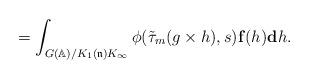
LaTeX: \begin{align*}=\int_{G(\mathbb{A})/K_1(\mathfrak{n})K_{\infty}}\phi(\tilde{\tau}_m(g\times h),s)\mathbf{f}(h)\mathbf{d}h.\end{align*}